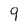
Character: 9